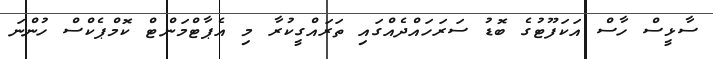
ސާޅީސް ހާސް އަކަފޫޓުގެ ބޮޑު ސަރަހައްދެއްގައި ތަރައްގީކުރާ މި އެޕާޓްމަންޓް ކޮމްޕެކްސް ހުންނަ